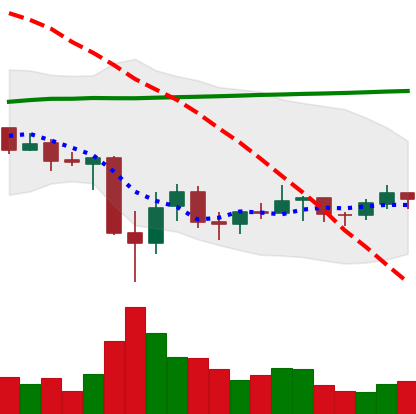
Ticker: BNB-USD
Chart end date: 2021-07-05
Forward return: 4.551%
Label: up_3_5